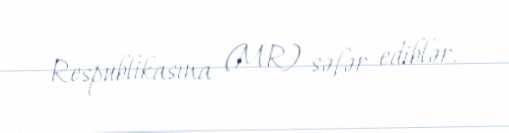
Respublikasına (MR) səfər ediblər.